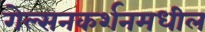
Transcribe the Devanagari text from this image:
गेल्सनकर्शनमधील